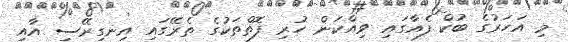
މި އަހަރުގެ ބުކް ފެއާގައި ވިއްކަން ހުރި ފޮތްތަކުގެ ތެރޭގައި އިނގިރޭސި އާއި